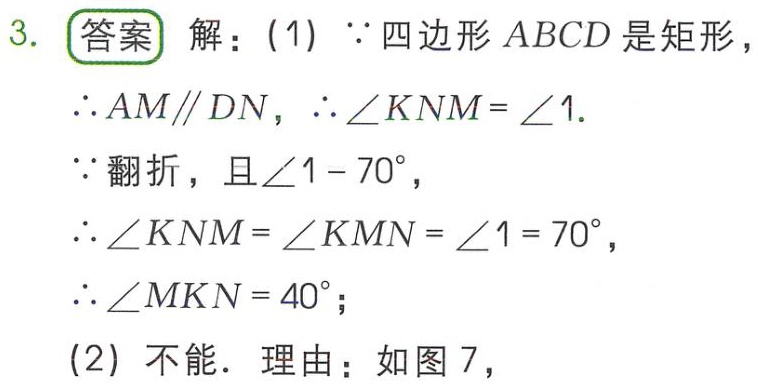
3. 答案 解：(1) $\because$ 四边形 $ABCD$ 是矩形，
$\therefore AM\parallel DN$，$\therefore \angle KNM = \angle 1$.
$\because$ 翻折，且 $\angle 1 = 70^{\circ}$，
$\therefore \angle KNM = \angle KMN = \angle 1 = 70^{\circ}$，
$\therefore \angle MKN = 40^{\circ}$；
(2) 不能. 理由：如图 7，